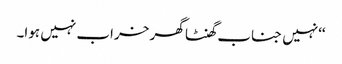
‘‘نہیں جناب گھنٹا گھر خراب نہیں ہوا۔